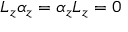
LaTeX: L _ { z } \alpha _ { z } = \alpha _ { z } L _ { z } = 0